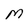
Character: M